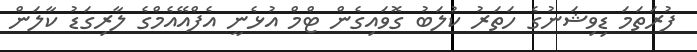
ފުރަތަމަ ޑިވިޝަނުގެ ހަތަރު ކުލަބު ގޮވައިގެން ޓްމް އުޅެނީ އެފްއޭއެމްގެ ލާރިގަޑު ކާލަން